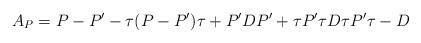
LaTeX: \begin{align*}A_P=P-P'-\tau(P-P')\tau+P'DP'+\tau P'\tau D \tau P'\tau -D\end{align*}